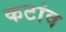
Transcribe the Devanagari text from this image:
कटांव